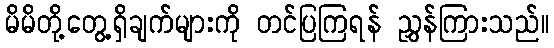
မိမိတို့တွေ့ရှိချက်များကို တင်ပြကြရန် ညွှန်ကြားသည်။